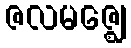
ဇလမဇ္ဈေ